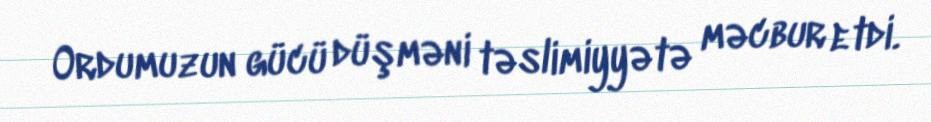
Ordumuzun gücü düşməni təslimiyyətə məcbur etdi.